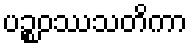
ပဉ္စဝဿသတိကာ